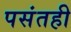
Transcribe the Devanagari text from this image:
पसंतही